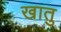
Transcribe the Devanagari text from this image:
खातु